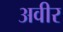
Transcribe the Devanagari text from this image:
अवीर